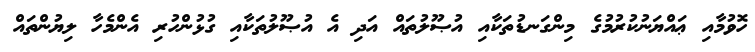
ހޮވުމާއި ޢައްޔަނުކުރުމުގެ މިންގަނޑުތަކާއި އުޞޫލުތައް އަދި އެ އުޞޫލުތަކާއި ގުޅުންހުރި އެންމެހާ ލިޔުންތައް